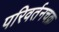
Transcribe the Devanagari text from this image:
परिवर्तनचक्र